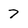
Character: 7